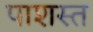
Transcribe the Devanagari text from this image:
पाशस्त